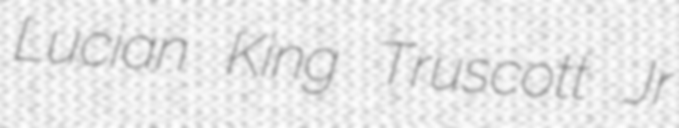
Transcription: Lucian King Truscott Jr